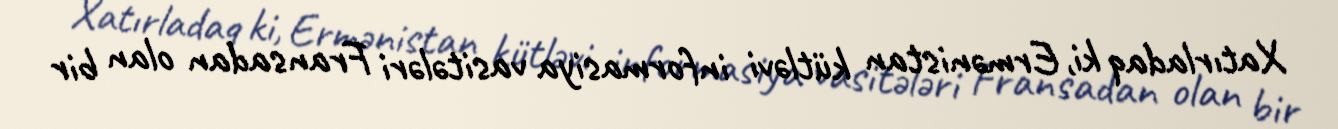
Xatırladaq ki, Ermənistan kütləvi informasiya vasitələri Fransadan olan bir